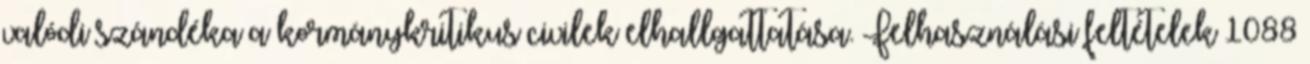
valódi szándéka a kormánykritikus civilek elhallgattatása. Felhasználási feltételek 1088